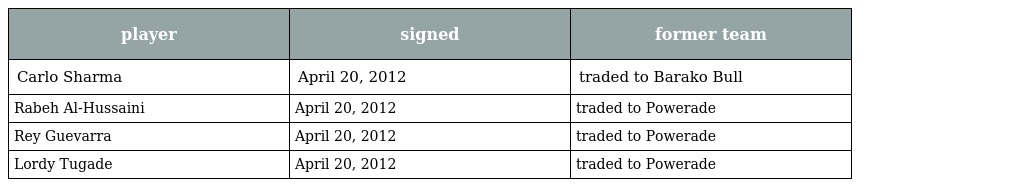
| player | signed | former team |
 | --- | --- | --- |
 | Carlo Sharma | April 20, 2012 | traded to Barako Bull |
 | Rabeh Al-Hussaini | April 20, 2012 | traded to Powerade |
 | Rey Guevarra | April 20, 2012 | traded to Powerade |
 | Lordy Tugade | April 20, 2012 | traded to Powerade |